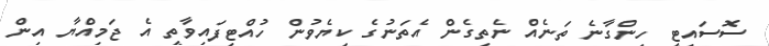
ސޮސައިޓީ ހިންގާނެ ތަނެއް ނެތިގެން އެތަނުގެ ކިޔެވުން ހުއްޓިފައިވާތީ އެ ޖަމިއްޔާ އިން